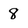
Character: 8